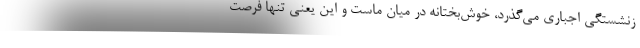
زنشستگی اجباری می‌گذرد، خوش‌بختانه در میان ماست و این یعنی تنها فرصت